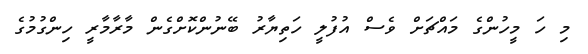
މި ހަ މީހުންގެ މައްޗަށް ވެސް އުފުލީ ހަތިޔާރު ބޭނުންކޮށްގެން މާރާމާރީ ހިންގުމުގެ